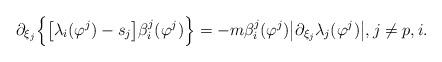
LaTeX: \begin{align*}\partial_{\xi_j} \Big\{ \big[ \lambda_i(\varphi^j) - s_j \big] \beta_i^j (\varphi^j) \Big\}= - m \beta_i^j (\varphi^j) \big| \partial_{\xi_j} \lambda_j(\varphi^j) \big|,j \neq p,i.\end{align*}